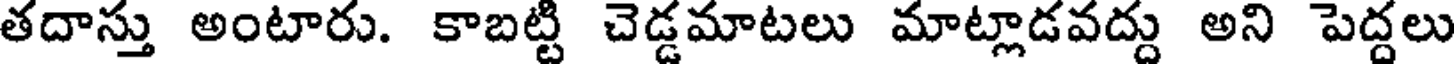
తదాస్తు అంటారు. కాబట్టి చెడ్డమాటలు మాట్లాడవద్దు అని పెద్దలు